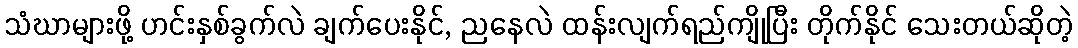
သံဃာများဖို့ ဟင်းနှစ်ခွက်လဲ ချက်ပေးနိုင်, ညနေလဲ ထန်းလျက်ရည်ကျိုပြီး တိုက်နိုင် သေးတယ်ဆိုတဲ့